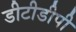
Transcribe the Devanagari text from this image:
डीटीडीपी